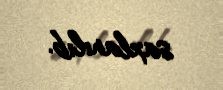
saxlanılıb.